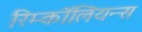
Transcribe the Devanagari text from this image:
रिम्कॉलियन्स